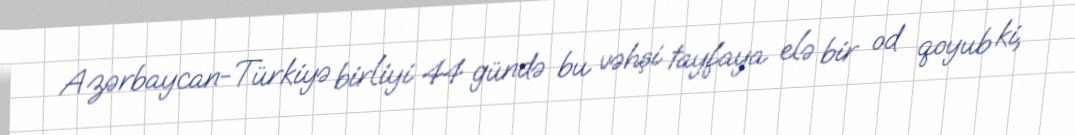
Azərbaycan-Türkiyə birliyi 44 gündə bu vəhşi tayfaya elə bir od qoyub ki,